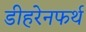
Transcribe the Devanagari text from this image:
डीहरेनफर्थ